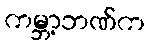
ကမ္ဘာ့ဘဏ်က